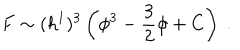
F \sim ( h ^ { 1 } ) ^ { 3 } \left( \phi ^ { 3 } - { \frac { 3 } { 2 } } \phi + C \right) \ .